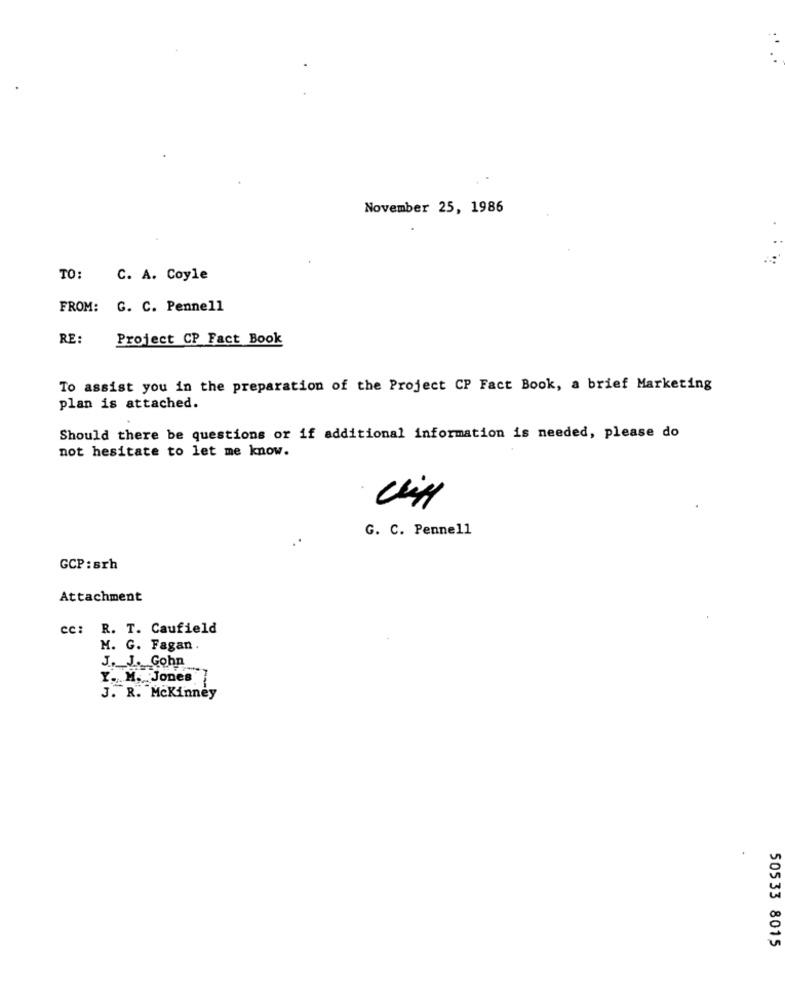
November 25, 1986
TO:
C. A. Coyle
FROM: G. C. Pennell
RE:
Project CP Fact Book
To assist you in the preparation of the Project CP Fact Book, a brief Marketing
plan is attached.
Should there be questions or if additional information is needed, please do
not hesitate to let me know.
G. C. Pennell
GCP : srh
Attachment
cc: R. T. Caufield
M. G. Fagan .
J. J. Gohn
Y. M. Jones
J. R. Mckinney
50533 8015